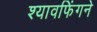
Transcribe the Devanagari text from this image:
श्यावफिंगने